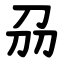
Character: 刕